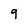
Character: 9